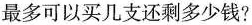
最多可以买几支还剩多少钱?